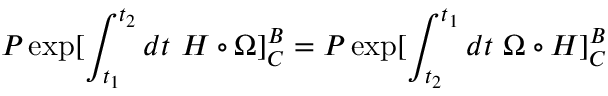
{ \cal P } \exp [ \int _ { t _ { 1 } } ^ { t _ { 2 } } d t \ H \circ \Omega ] _ { C } ^ { B } = { \cal P } \exp [ \int _ { t _ { 2 } } ^ { t _ { 1 } } d t \ \Omega \circ H ] _ { C } ^ { B }